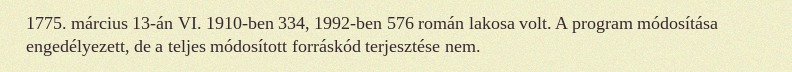
1775. március 13-án VI. 1910-ben 334, 1992-ben 576 román lakosa volt. A program módosítása engedélyezett, de a teljes módosított forráskód terjesztése nem.